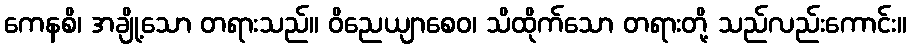
ကေနစိ၊ အချို့သော တရားသည်။ ဝိညေယျာစေဝ၊ သိထိုက်သော တရားတို့ သည်လည်းကောင်း။